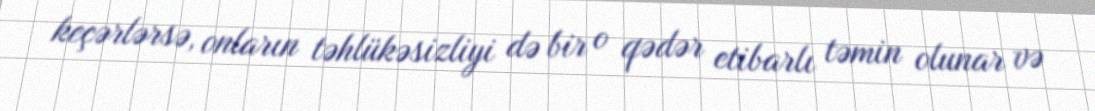
keçərlərsə, onların təhlükəsizliyi də bir o qədər etibarlı təmin olunar və